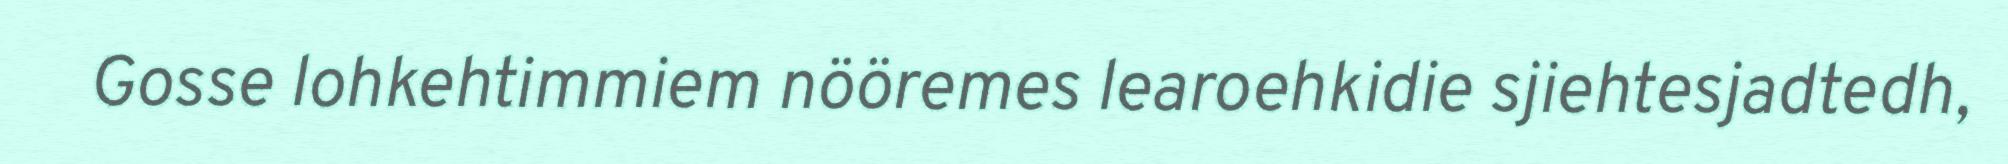
Gosse lohkehtimmiem nööremes learoehkidie sjiehtesjadtedh,